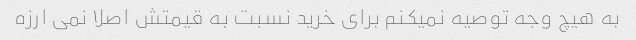
به هیچ وجه توصیه نمیکنم برای خرید نسبت به قیمتش اصلا نمی ارزه